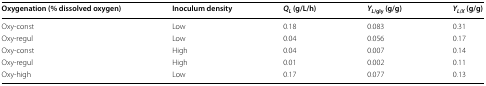
<table><thead><tr><td><b>Oxygenation (% dissolved oxygen)</b></td><td><b>Inoculum density</b></td><td><b><i>Q</i><sub><i>L</i></sub> (g/L/h)</b></td><td><b><i>Y</i><sub><i>L</i>/gly</sub> (g/g)</b></td><td><b><i>Y</i><sub><i>L</i>/<i>X</i></sub> (g/g)</b></td></tr></thead><tbody><tr><td>Oxy-const</td><td>Low</td><td>0.18</td><td>0.083</td><td>0.31</td></tr><tr><td>Oxy-regul</td><td>Low</td><td>0.04</td><td>0.056</td><td>0.17</td></tr><tr><td>Oxy-const</td><td>High</td><td>0.04</td><td>0.007</td><td>0.14</td></tr><tr><td>Oxy-regul</td><td>High</td><td>0.01</td><td>0.002</td><td>0.11</td></tr><tr><td>Oxy-high</td><td>Low</td><td>0.17</td><td>0.077</td><td>0.13</td></tr></tbody></table>